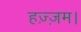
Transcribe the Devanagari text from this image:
हज़्ज़म।